Leaving Certificate Examination (including Day School Certificate (Higher) General paper), 1934
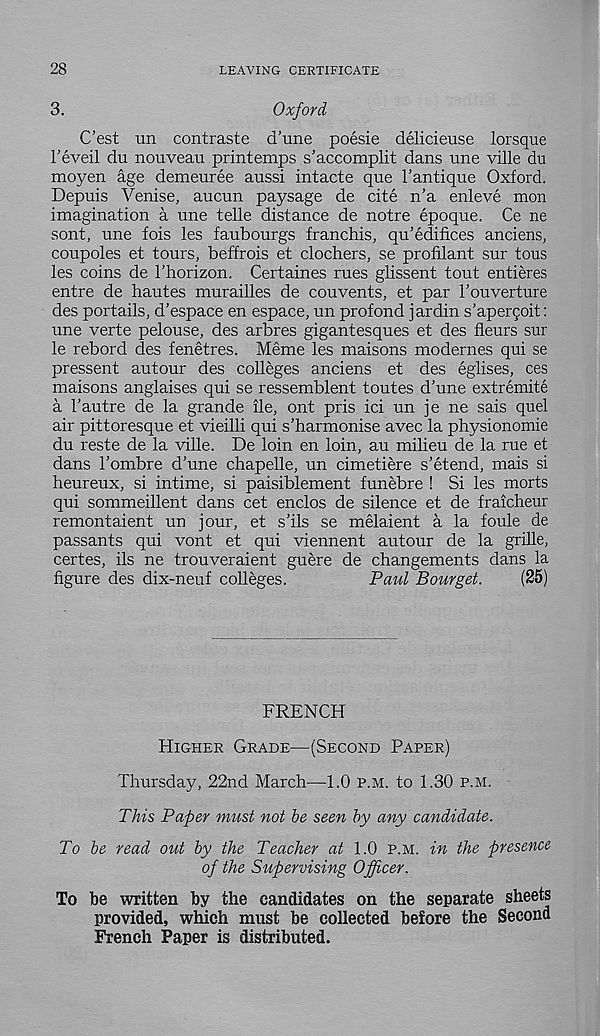
28
LEAVING CERTIFICATE
3.
Oxford
C'est un contraste d’une poesie delicieuse lorsque
I’eveil du nouveau printemps s’accomplit dans une ville du
moyen age demeuree aussi intacte que I’antique Oxford.
Depuis Venise, aucun paysage de cite n’a enleve mon
imagination a une telle distance de notre epoque. Ce ne
sont, une fois les faubourgs franchis, qu’edifices anciens,
coupoles et tours, beffrois et clochers, se profilant sur tons
les coins de 1'horizon. Certaines rues glissent tout entieres
entre de hautes murailles de couvents, et par I'ouverture
des portails, d’espace en espace, un profond jardin s’apercoit:
une verte pelouse, des arbres gigantesques et des fleurs sur
le rebord des fenetres. Meme les maisons modernes qui se
pressent autour des colleges anciens et des eglises, ces
maisons anglaises qui se ressemblent toutes d’une extremite
a 1’autre de la grande lie, ont pris ici un je ne sais quel
air pittoresque et vieilli qui s’harmonise avec la physionomie
du reste de la ville. De loin en loin, au milieu de la rue et
dans I’ombre d’une chapelle, un cimetiere s’etend, mais si
heureux, si intime, si paisiblement funebre ! Si les morts
qui sommeillent dans cet enclos de silence et de fraicheur
remontaient un jour, et s’ils se melaient a la foule de
passants qui vont et qui viennent autour de la grille,
certes, ils ne trouveraient guere de changements dans la
figure des dix-neuf colleges.
Paul Bourget.
(25)
FRENCH
HIGHER GRADE—(SECOND PAPER)
Thursday, 22nd March—1.0 P.M. to 1.30 P.M.
This Paper must not be seen by any candidate.
To be read out by the Teacher at 1.0 P.M. in the presence
of the Supervising Officer.
To be written by the candidates on the separate sheets
provided, which must be collected before the Second
French Paper is distributed.